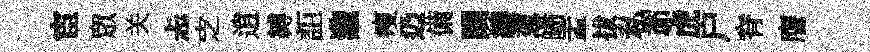
宦衆关忐㝎逍縛詎瀧瘦辸備躪縷葱皤盂拔私茆虎户脊譍